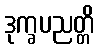
ဒုက္ခပညတ္တိ